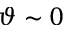
\vartheta \sim 0